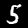
Digit: 5